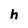
Character: h